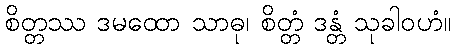
စိတ္တဿ ဒမထော သာဓု၊ စိတ္တံ ဒန္တံ သုခါဝဟံ။